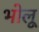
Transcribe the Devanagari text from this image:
भोलू